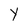
Character: Y